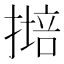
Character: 𱠩